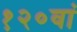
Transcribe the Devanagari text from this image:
१२०वां